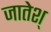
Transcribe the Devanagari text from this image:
जातेश्